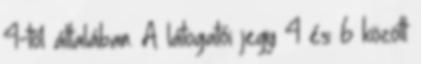
4-től általában. A látogatói jegy 4 és 6 között